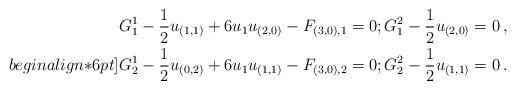
LaTeX: \begin{align*}G_1^1 - \frac{1}{2}u_{(1,1)} + 6u_1u_{(2,0)} - F_{(3,0),1} = 0 ; G_1^2 - \frac{1}{2}u_{(2,0)} = 0 \, , \\begin{align*}6pt]G_2^1 - \frac{1}{2}u_{(0,2)} + 6u_1u_{(1,1)} - F_{(3,0),2} = 0 ; G_2^2 - \frac{1}{2}u_{(1,1)} = 0 \, .\end{align*}